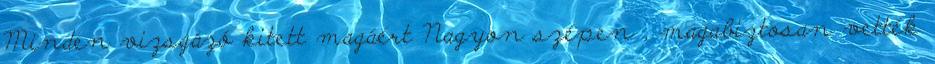
Minden vizsgázó kitett magáért Nagyon szépen , magabiztosan vették